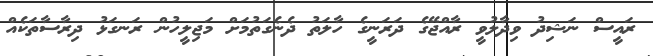
ރައީސް ނަޝިދު ވިދާލުވީ ރާއްޖޭގެ ދަރަނީގެ ހާލަތު ދެނެގަތުމަށް މަޖިލީހުން ރަނގަޅު ދިރާސާތަކެއް